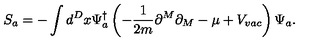
S _ { a } = - \int d ^ { D } x \Psi _ { a } ^ { \dagger } \left( - \frac { 1 } { 2 m } \partial ^ { M } \partial _ { M } - \mu + V _ { v a c } \right) \Psi _ { a } .